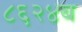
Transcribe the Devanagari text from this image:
८६२४ब